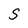
Character: S